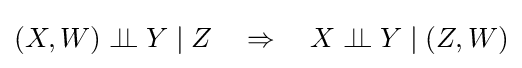
(X,W)\perp \!\!\!\perp Y\mid Z\quad \Rightarrow \quad X\perp \!\!\!\perp Y\mid (Z,W)